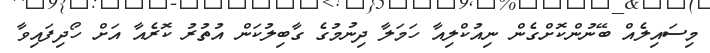
މިސައިލެއް ބޭނުންކޮށްގެން ނިއުކްލިއާ ހަމަލާ ދިނުމުގެ ގާބިލުކަން އުތުރު ކޮރެއާ އަށް ހޯދިފައިވާ